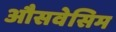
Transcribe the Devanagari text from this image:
औसवेसिम